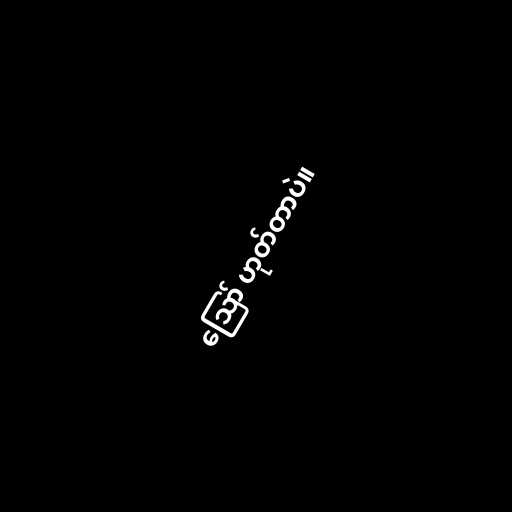
ဪ ဟုတ်တာပဲ။